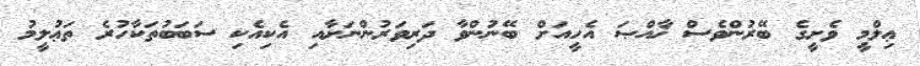
ޢިލްމީ ވެށީގެ ބޭރުންވެސް ޚާއްޞަ އެހީއަށް ބޭނުންވާ ދަރިވަރުންނަށާއި އެކިއެކި ސަބަބުތަކާހުރެ ތަޢުލީމު